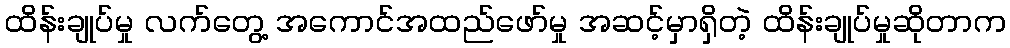
ထိန်းချုပ်မှု လက်တွေ့ အကောင်အထည်ဖော်မှု အဆင့်မှာရှိတဲ့ ထိန်းချုပ်မှုဆိုတာက